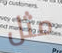
مثل